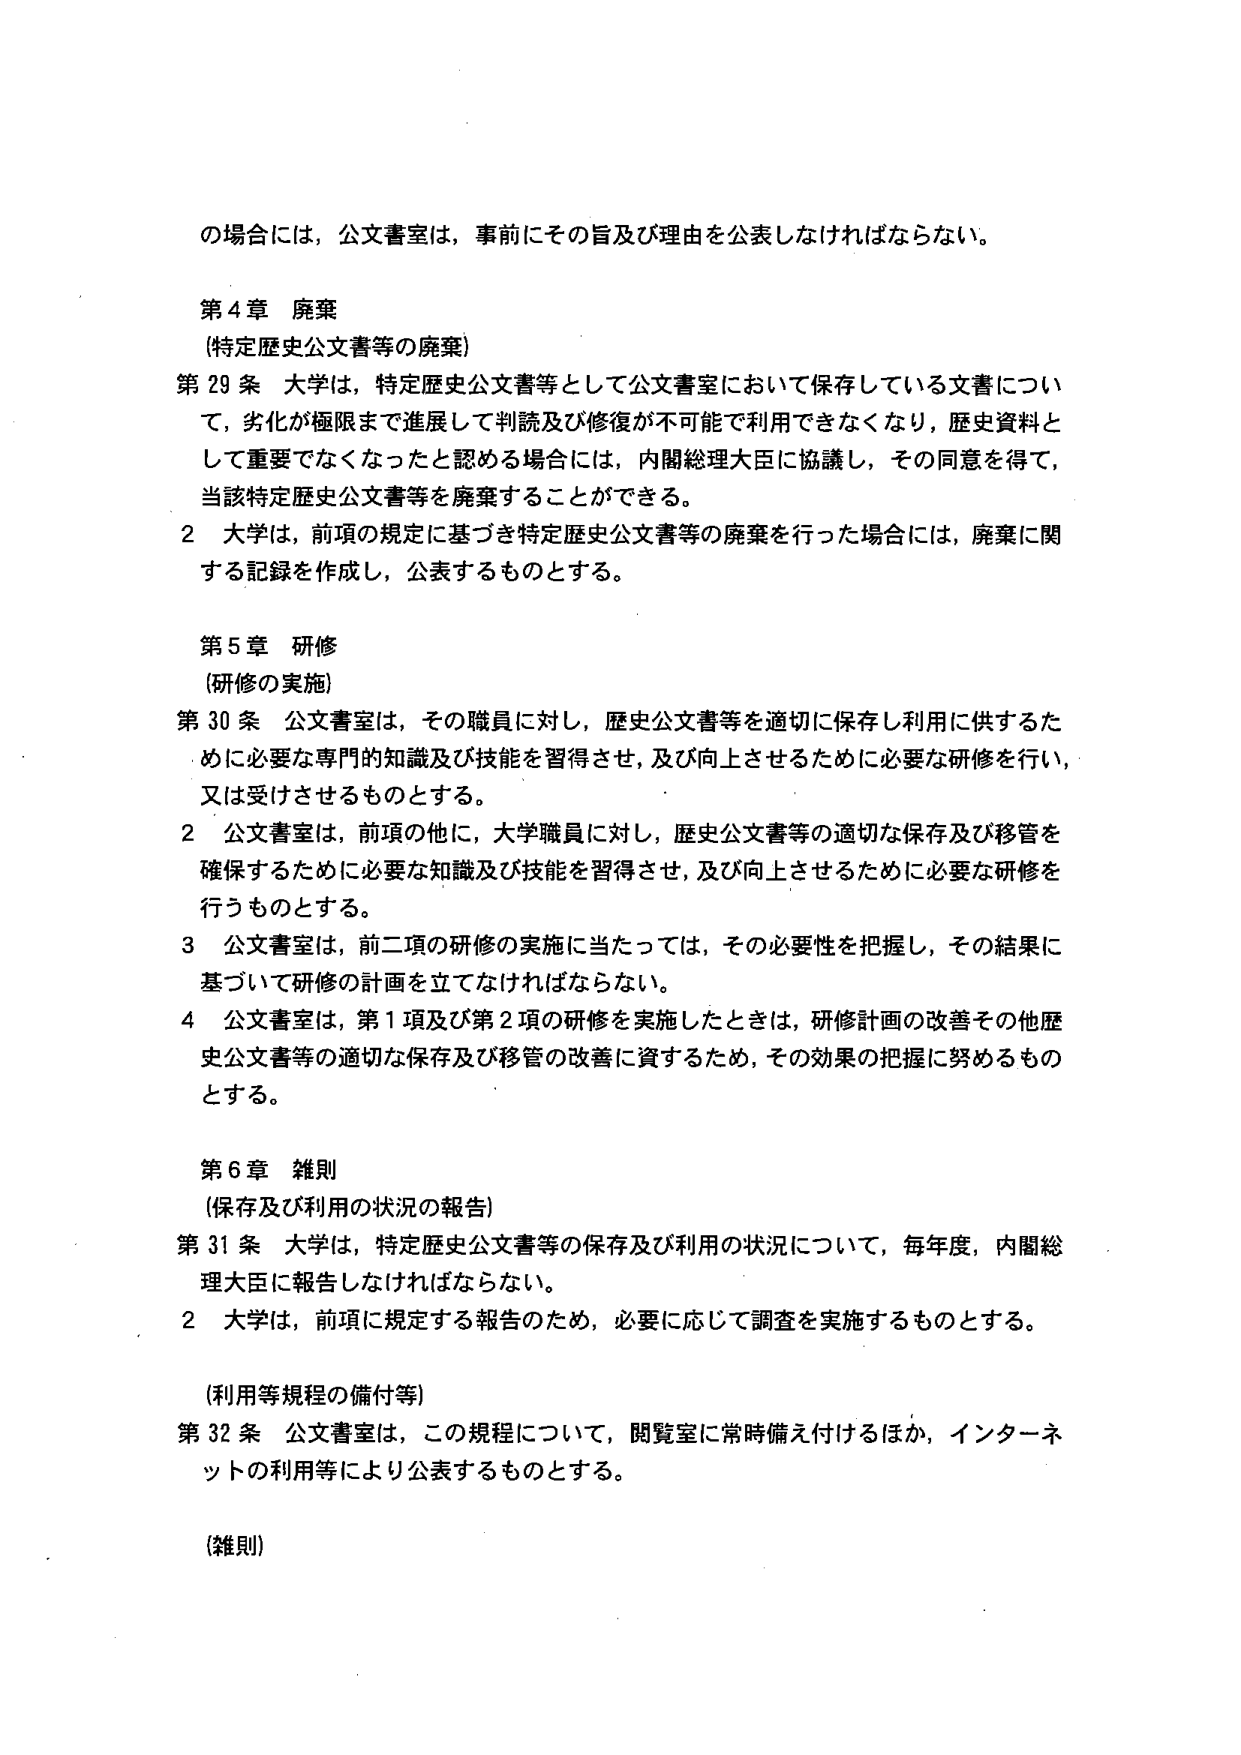
の場合には，公文書室は，事前にその旨及び理由を公表しなければならない。

第４章 廃棄
（特定歴史公文書等の廃棄）
第29条 大学は，特定歴史公文書等として公文書室において保存している文書について，劣化が極限まで進展して判読及び修復が不可能で利用できなくなり，歴史資料として重要でなくなったと認める場合には，内閣総理大臣に協議し，その同意を得て，当該特定歴史公文書等を廃棄することができる。
２ 大学は，前項の規定に基づき特定歴史公文書等の廃棄を行った場合には，廃棄に関する記録を作成し，公表するものとする。

第５章 研修
（研修の実施）
第30条 公文書室は，その職員に対し，歴史公文書等を適切に保存し利用に供するため必要な専門的知識及び技能を習得させ，及び向上させるために必要な研修を行い，又は受けさせるものとする。
２ 公文書室は，前項の他に，大学職員に対し，歴史公文書等の適切な保存及び移管を確保するために必要な知識及び技能を習得させ，及び向上させるために必要な研修を行うものとする。
３ 公文書室は，前二項の研修の実施に当たっては，その必要性を把握し，その結果に基づいて研修の計画を立てなければならない。
４ 公文書室は，第１項及び第２項の研修を実施したときは，研修計画の改善その他歴史公文書等の適切な保存及び移管の改善に資するため，その効果の把握に努めるものとする。

第６章 雑則
（保存及び利用の状況の報告）
第31条 大学は，特定歴史公文書等の保存及び利用の状況について，毎年度，内閣総理大臣に報告しなければならない。
２ 大学は，前項に規定する報告のため，必要に応じて調査を実施するものとする。

（利用等規程の備付等）
第32条 公文書室は，この規程について，閲覧室に常時備え付けるほか，インターネットの利用等により公表するものとする。

（雑則）